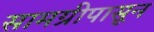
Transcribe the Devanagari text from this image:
सामग्रीपासून